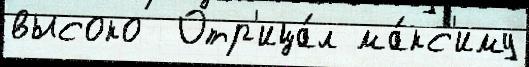
высоко  Отр'ица́л ма́кс'иму